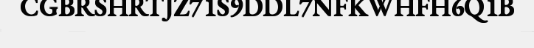
CGBRSHRTJZ71S9DDL7NFKWHFH6Q1B